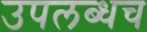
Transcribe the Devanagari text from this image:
उपलब्धच